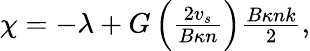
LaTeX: \begin{array}{r}{\chi=-\lambda+G\left(\frac{2v_{s}}{B\kappa n}\right)\frac{B\kappa n\mathcal{k}}{2},}\end{array}